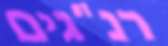
רנ"גים